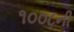
૧૦૦૮ની